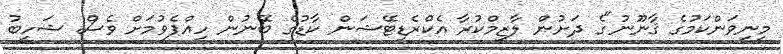
މިނިވަންކަމުގެ ޤާނޫނު"ގެ ދަށުން ލާޒިމްކުރާ އެކްރެޑިޓޭޝަން ކާޑުގެ ބޭނުން ހިއްޕެވުމަށް ވެސް ޝަހީބު